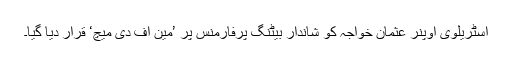
آسٹریلوی اوپنر عثمان خواجہ کو شاندار بیٹنگ پرفارمنس پر ’مین آف دی میچ‘ قرار دیا گیا۔